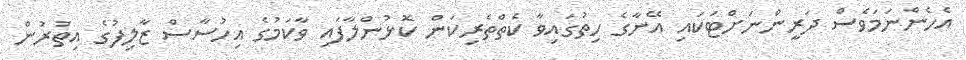
އެހެންނަމަވެސް ދަރީންނަށްޓަކައި އޭނާގެ ހިތުގައިވާ ކެތްތެރިކަން ކޮޅުންލާފައި ވާކަމުގެ އިހުސާސް ޒާލިފުގެ އިތުރުން